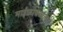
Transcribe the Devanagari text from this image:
माईक्रोबब्बलस